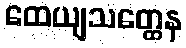
ထေယျသတ္ထေန